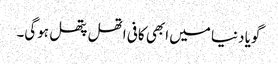
گویا دنیا میں ابھی کافی اتھل پتھل ہوگی۔